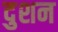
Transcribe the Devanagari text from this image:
दुशन